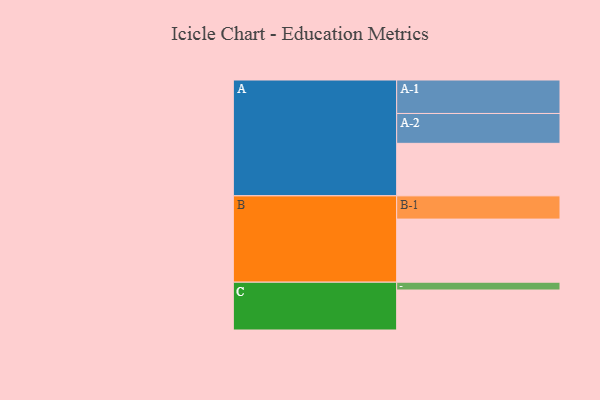
{"axis": {"x": "Segment", "y": "Value"}, "legend": ["", "A", "B", "C"], "data": [{"x": "A", "y": 436, "type": ""}, {"x": "B", "y": 524, "type": ""}, {"x": "C", "y": 332, "type": ""}, {"x": "A-1", "y": 278, "type": "A"}, {"x": "A-2", "y": 248, "type": "A"}, {"x": "B-1", "y": 193, "type": "B"}, {"x": "C-1", "y": 65, "type": "C"}]}